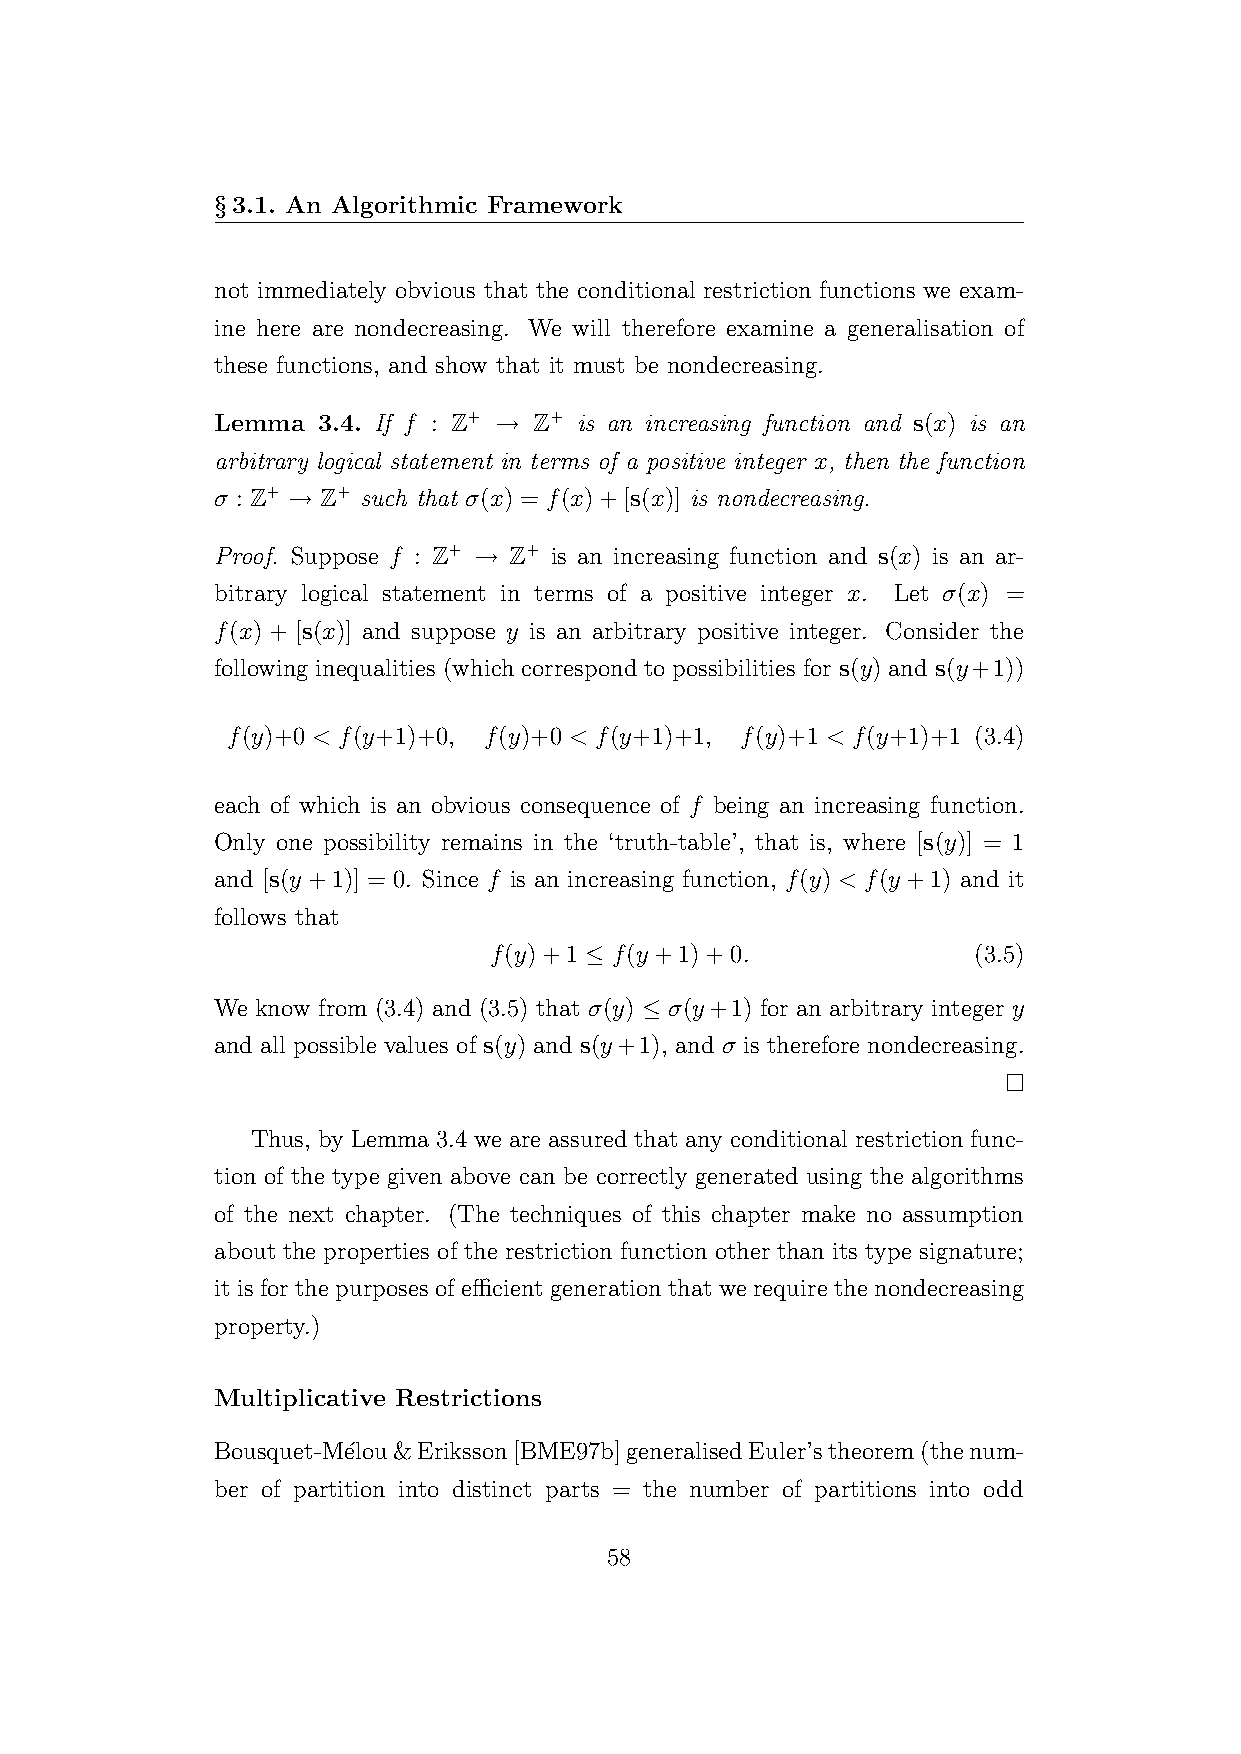
§3.1. An Algorithmic Framework
 not immediately obvious that the conditional restriction functions we exam-
 ine here are nondecreasing. We will therefore examine a generalisation of
 these functions, and show that it must be nondecreasing.
 Lemma  3.4. If f : Z+ → Z+ is an increasing function and s(x) is an
 arbitrary logical statement in terms of a positive integer x, then the function
 σ : Z+ → Z+ such that σ(x) = f(x)+[s(x)] is nondecreasing.
 Proof. Suppose f : Z+ → Z+ is an increasing function and s(x) is an ar-
 bitrary logical statement in terms of a positive integer x. Let σ(x) =
 f(x) + [s(x)] and suppose y is an arbitrary positive integer. Consider the
 following inequalities (which correspond to possibilities for s(y) and s(y+1))
 f(y)+0 < f(y+1)+0, f(y)+0 < f(y+1)+1, f(y)+1 < f(y+1)+1 (3.4)
 each of which is an obvious consequence of f being an increasing function.
 Only one possibility remains in the ‘truth-table’, that is, where [s(y)] = 1
 and [s(y +1)] = 0. Since f is an increasing function, f(y) < f(y +1) and it
 follows that
 f(y)+1 ≤ f(y +1)+0.             (3.5)
 We know from (3.4) and (3.5) that σ(y) ≤ σ(y+1) for an arbitrary integer y
 and all possible values of s(y) and s(y+1), and σ is therefore nondecreasing.
 Thus, by Lemma 3.4 we are assured that any conditional restriction func-
 tion of the type given above can be correctly generated using the algorithms
 of the next chapter. (The techniques of this chapter make no assumption
 about the properties of the restriction function other than its type signature;
 it is for the purposes of efficient generation that we require the nondecreasing
 property.)
 Multiplicative Restrictions
 Bousquet-M´elou&Eriksson[BME97b]generalisedEuler’stheorem(thenum-
 ber of partition into distinct parts = the number of partitions into odd
 58